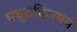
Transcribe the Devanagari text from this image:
मधुराविजयम